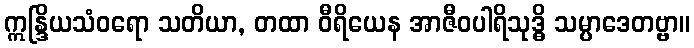
ဣန္ဒြိယသံဝရော သတိယာ, တထာ ဝီရိယေန အာဇီဝပါရိသုဒ္ဓိ သမ္ပာဒေတဗ္ဗာ။